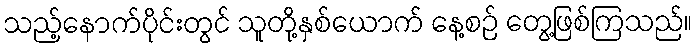
သည့်နောက်ပိုင်းတွင် သူတို့နှစ်ယောက် နေ့စဉ် တွေ့ဖြစ်ကြသည်။